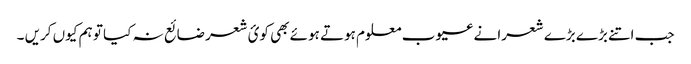
جب اتنے بڑے بڑے شعرا نے عیوب معلوم ہوتے ہوئے بھی کوئ شعر ضائع نہ کیا تو ہم کیوں کریں ۔